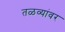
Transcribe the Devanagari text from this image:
तळव्यांवर